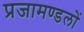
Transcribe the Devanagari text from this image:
प्रजामण्डलों